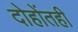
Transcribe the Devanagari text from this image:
दोहोंतही